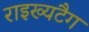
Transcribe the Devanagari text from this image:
राइख्यटैग